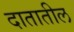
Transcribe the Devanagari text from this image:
दातातील